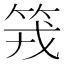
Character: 𥬪